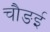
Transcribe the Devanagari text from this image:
चौङई